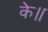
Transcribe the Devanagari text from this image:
के॥